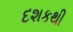
દશકથી